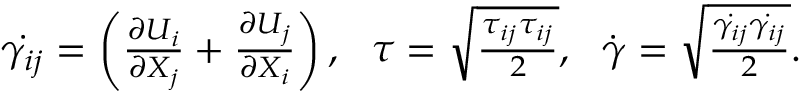
\begin{array} { r } { \dot { \gamma _ { i j } } = \left( \frac { \partial U _ { i } } { \partial X _ { j } } + \frac { \partial U _ { j } } { \partial X _ { i } } \right) , ~ ~ \tau = \sqrt { \frac { \tau _ { i j } \tau _ { i j } } { 2 } } , ~ ~ \dot { \gamma } = \sqrt { \frac { \dot { \gamma _ { i j } } \dot { \gamma _ { i j } } } { 2 } } . } \end{array}